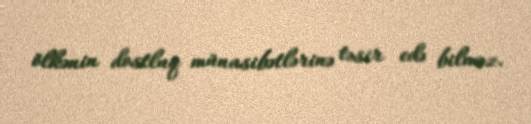
ölkənin dostluq münasibətlərinə təsir edə bilməz.